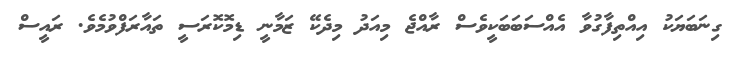
ގިނަބަޔަކު އިއްތިފާގުވާ އެއްސަބަބަކީވެސް ރާއްޖެ މިއަދު މިދެކޭ ޒަމާނީ ޑިމޮކޮރަސީ ތައާރަފްވުމެވެ. ރައީސް